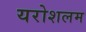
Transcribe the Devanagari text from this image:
यरोशलम